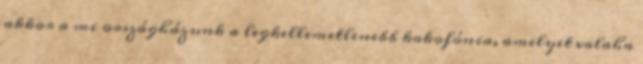
akkor a mi országházunk a legkellemetlenebb kakofónia, amelyet valaha